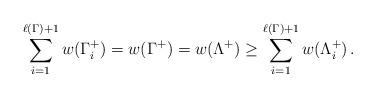
LaTeX: \begin{align*}\sum_{i=1}^{\ell(\Gamma)+1}w(\Gamma_i^+)= w(\Gamma^+) = w(\Lambda^+) \geq \sum_{i=1}^{\ell(\Gamma)+1}w(\Lambda_i^+) \, . \end{align*}